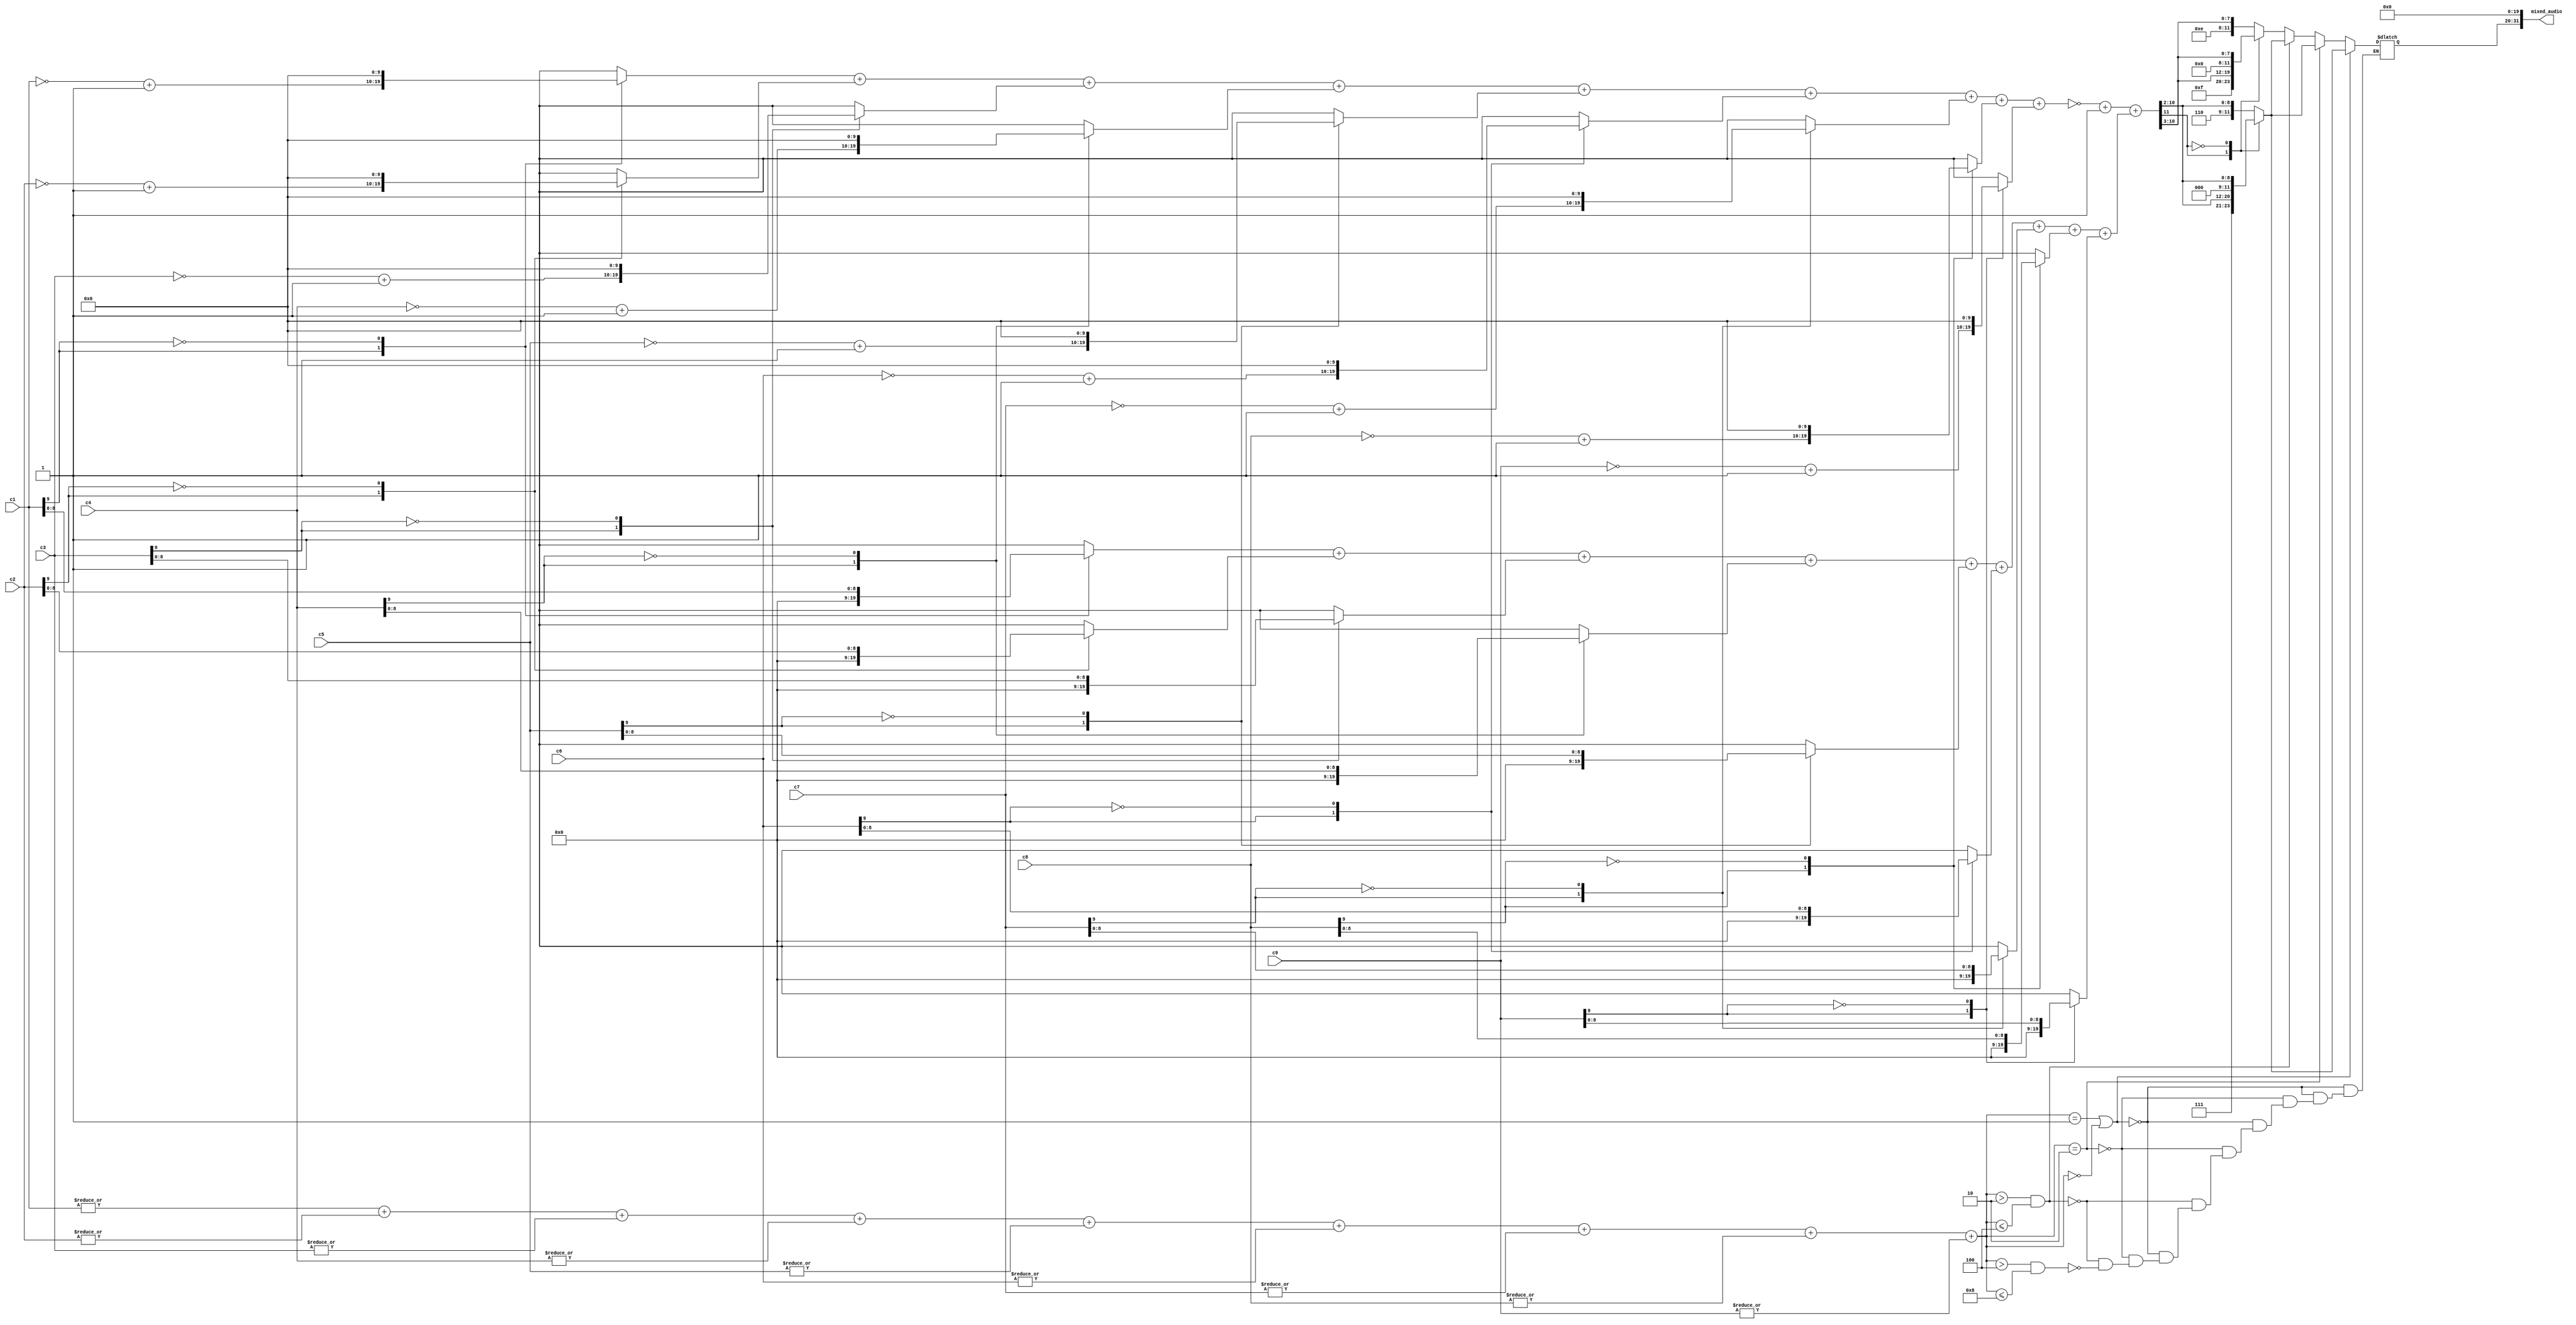
// PROBLEMs
// if one sound is playing and its numbers are between 1-16, it will divide to 0

// also i set audio to 0 when !play

module mixer(
		input [9:0] c1,			// channel 1, etc.
		input [9:0] c2,
		input [9:0] c3,
		input [9:0] c4,
		input [9:0] c5,
		input [9:0] c6,
		input [9:0] c7,
		input [9:0] c8,
		input [9:0] c9,
		
		output reg [31:0] mixed_audio		// 12 bits
	);

	parameter SIZE = 12; // sum of 4 numbers at 10 bits can reach a max of 12 bits width
	reg [SIZE - 1:0] sum; // sum of 4 numbers at 10 bits can reach a max of 12 bits width
	reg [SIZE - 1:0] neg_sum;
	reg [SIZE - 1:0] pos_sum;

	//reg [SIZE - 1:0] temp_sum_neg_to_pos;
	//reg [SIZE - 1:0] temp_sum_quotient;

	reg [SIZE - 1:0] quotient;

	reg [9:0] pos_c1;
	reg [9:0] pos_c2;
	reg [9:0] pos_c3;
	reg [9:0] pos_c4;
	reg [9:0] pos_c5;
	reg [9:0] pos_c6;
	reg [9:0] pos_c7;
	reg [9:0] pos_c8;
	reg [9:0] pos_c9;

	reg [9:0] neg_c1;
	reg [9:0] neg_c2;
	reg [9:0] neg_c3;
	reg [9:0] neg_c4;
	reg [9:0] neg_c5;
	reg [9:0] neg_c6;
	reg [9:0] neg_c7;
	reg [9:0] neg_c8;
	reg [9:0] neg_c9;

	wire [3:0] count = |c1 + |c2 + |c3 + |c4 + |c5 + |c6 + |c7 + |c8 + |c9;	// counts how many inputs were on aka not 0's 

	always@(*)
	begin
		pos_c1 = 0;
		pos_c2 = 0;
		pos_c3 = 0;
		pos_c4 = 0;
		pos_c5 = 0;
		pos_c6 = 0;
		pos_c7 = 0;
		pos_c8 = 0;
		pos_c9 = 0;
		

		neg_c1 = 0;
		neg_c2 = 0;
		neg_c3 = 0;
		neg_c4 = 0;
		neg_c5 = 0;
		neg_c6 = 0;
		neg_c7 = 0;
		neg_c8 = 0;
		neg_c9 = 0;

		case(c1[9])
			1'b1: neg_c1 = ~c1 + 1; // convert to positive
			1'b0: pos_c1 = c1;
		endcase
		case(c2[9])
			1'b1: neg_c2 = ~c2 + 1; // convert to positive
			1'b0: pos_c2 = c2;
		endcase
		case(c3[9])
			1'b1: neg_c3 = ~c3 + 1; // convert to positive
			1'b0: pos_c3 = c3;
		endcase
		case(c4[9])
			1'b1:  neg_c4 = ~c4 + 1; // convert to positive
			1'b0: pos_c4 = c4;
		endcase
		case(c5[9])
			1'b1:  neg_c5 = ~c5 + 1; // convert to positive
			1'b0: pos_c5 = c5;
		endcase
		case(c5[9])
			1'b1:  neg_c5 = ~c5 + 1; // convert to positive
			1'b0: pos_c5 = c5;
		endcase
		case(c6[9])
			1'b1:  neg_c6 = ~c6 + 1; // convert to positive
			1'b0: pos_c6 = c6;
		endcase
		case(c7[9])
			1'b1:  neg_c7 = ~c7 + 1; // convert to positive
			1'b0: pos_c7 = c7;
		endcase
		case(c8[9])
			1'b1:  neg_c8 = ~c8 + 1; // convert to positive
			1'b0: pos_c8 = c8;
		endcase
		case(c9[9])
			1'b1:  neg_c9 = ~c9 + 1; // convert to positive
			1'b0: pos_c9 = c9;
		endcase
		
		neg_sum = neg_c1 + neg_c2 + neg_c3 + neg_c4 + neg_c5 + neg_c6 + neg_c7 + neg_c8 + neg_c9;	// sum of the absolute value of all the negative inputs
		pos_sum = pos_c1 + pos_c2 + pos_c3 + pos_c4 + pos_c5 + pos_c6 + pos_c7 + pos_c8 + pos_c9;	// sum of the positive inputs
		sum = (~neg_sum + 1) + pos_sum;			// difference of the two above (positive sum + negative of the other sum)
	end

	// division based on count
	always@(*) 
	begin
		if(count == 1 || count == 0)
			case(sum[11])
				1'b1: quotient = {2'b11, sum[11:2]};
				1'b0: quotient = {2'b0, sum[11:2]};				// divide by 2 by shifting right by 1 bit
			endcase
		else if(count == 2)
			case(sum[11])
				1'b1: quotient = {2'b11, sum[11:2]};
				1'b0: quotient = {2'b0, sum[11:2]};				// divide by 2 by shifting right by 1 bit
			endcase
		else if(count > 2 && count <= 4)
			case(sum[11])
				1'b1: quotient = {2'b11, sum[11:2]};
				1'b0: quotient = {2'b0, sum[11:2]};				// divide by 4 by shifting right by 2 bits
			endcase
		else if(count > 4 && count <= 8)
			case(sum[11])
				1'b1: quotient = {3'b111, sum[11:3]};
				1'b0: quotient = {3'b0, sum[11:3]};				// divide by 8 by shifting right by 3 bits
			endcase
//		else if(count > 8 && count <= 16)
//			case(sum[11])
//				1'b1: quotient = {4'b1111, sum[11:4]};
//				1'b0: quotient = {4'b0, sum[11:4]};				// divide by 16 by shifting right by 4 bits
//			endcase
	end

	always@(*)
	begin
		mixed_audio = {quotient, 20'b0}; // *********padded with 1's instead of 0's
	end
endmodule